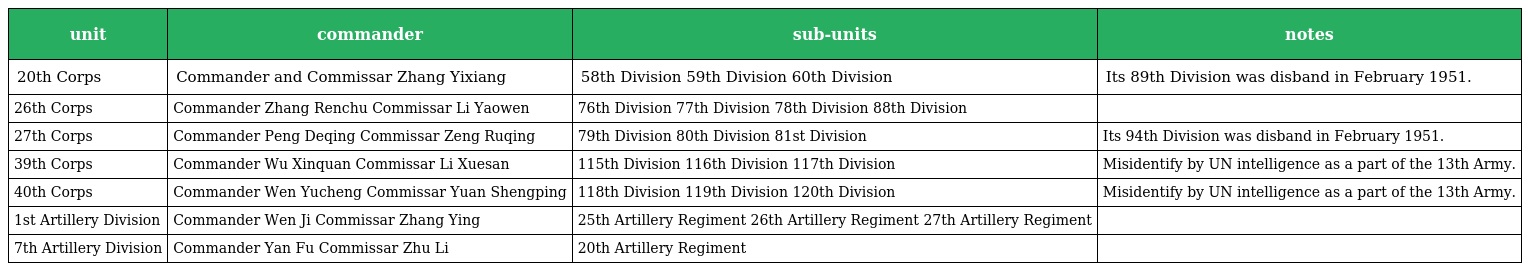
| unit | commander | sub-units | notes |
 | --- | --- | --- | --- |
 | 20th Corps | Commander and Commissar Zhang Yixiang | 58th Division 59th Division 60th Division | Its 89th Division was disband in February 1951. |
 | 26th Corps | Commander Zhang Renchu Commissar Li Yaowen | 76th Division 77th Division 78th Division 88th Division |  |
 | 27th Corps | Commander Peng Deqing Commissar Zeng Ruqing | 79th Division 80th Division 81st Division | Its 94th Division was disband in February 1951. |
 | 39th Corps | Commander Wu Xinquan Commissar Li Xuesan | 115th Division 116th Division 117th Division | Misidentify by UN intelligence as a part of the 13th Army. |
 | 40th Corps | Commander Wen Yucheng Commissar Yuan Shengping | 118th Division 119th Division 120th Division | Misidentify by UN intelligence as a part of the 13th Army. |
 | 1st Artillery Division | Commander Wen Ji Commissar Zhang Ying | 25th Artillery Regiment 26th Artillery Regiment 27th Artillery Regiment |  |
 | 7th Artillery Division | Commander Yan Fu Commissar Zhu Li | 20th Artillery Regiment |  |